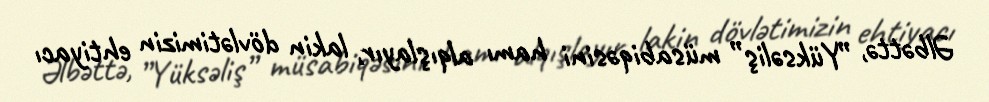
Əlbəttə, ”Yüksəliş” müsabiqəsini hamı alqışlayır, lakin dövlətimizin ehtiyacı